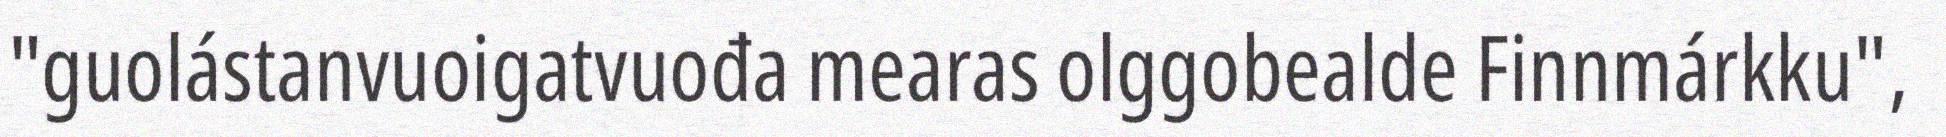
"guolástanvuoigatvuođa mearas olggobealde Finnmárkku",